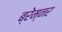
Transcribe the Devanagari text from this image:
ब्रेम्नर